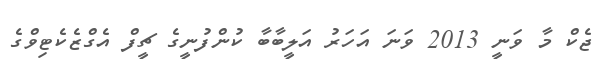
ޖެކް މާ ވަނީ 2013 ވަނަ އަހަރު އަލީބާބާ ކުންފުނީގެ ޗީފް އެގްޒެކެޓިވްގެ